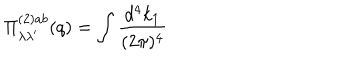
\Pi _ { \lambda \lambda ^ { \prime } } ^ { ( 2 ) a b } ( q ) = \int \frac { d ^ { 4 } k _ { 1 } } { ( 2 \pi ) ^ { 4 } }